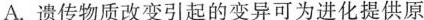
A.遗传物质改变引起的变异可为进化提供原